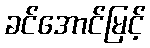
ခင်အောင်မြင့်